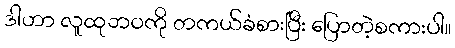
ဒါဟာ လူထုဘဝကို တကယ်ခံစားပြီး ပြောတဲ့စကားပါ။